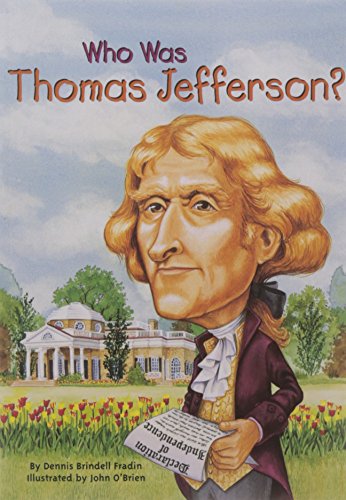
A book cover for Who Was Thomas Jefferson?; Dennis Brindell Fradin; Children's Books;